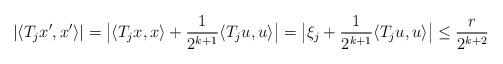
LaTeX: \begin{align*}|\langle T_jx',x'\rangle|=\bigl|\langle T_jx, x\rangle +\frac{1}{2^{k+1}}\langle T_ju,u\rangle\bigr|=\bigl|\xi_j+\frac{1}{2^{k+1}}\langle T_ju,u\rangle\bigr|\le\frac{r}{2^{k+2}}\end{align*}